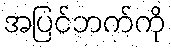
အပြင်ဘက်ကို